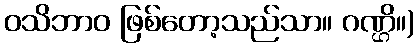
ဝသိဘာဝ ဖြစ်တော့သည်သာ။ ဂဏ္ဌိ။)